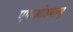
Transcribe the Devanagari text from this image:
एफओडबल्यू